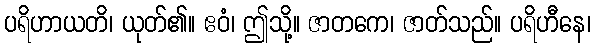
ပရိဟာယတိ၊ ယုတ်၏။ ဧဝံ၊ ဤသို့။ ဇာတကေ၊ ဇာတ်သည်။ ပရိဟီနေ၊